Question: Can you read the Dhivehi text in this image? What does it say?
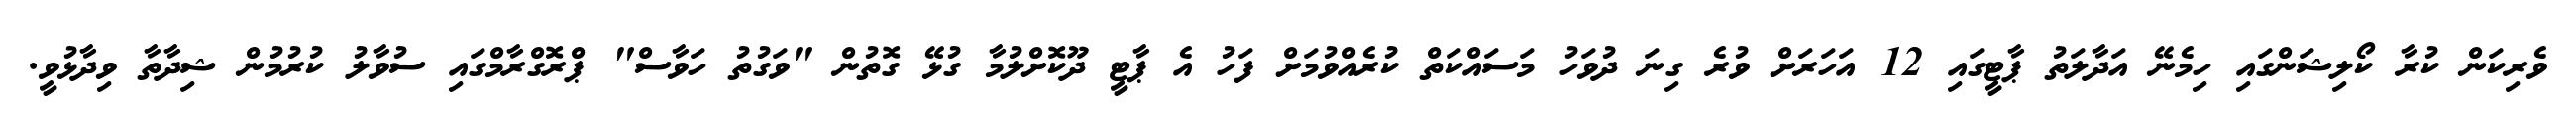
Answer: ވެރިކަން ކުރާ ކޯލިޝަންގައި ހިމެނޭ އަދާލަތު ޕާޓީގައި 12 އަހަރަށް ވުރެ ގިނަ ދުވަހު މަސައްކަތް ކުރެއްވުމަށް ފަހު އެ ޕާޓީ ދޫކޮށްލުމާ ގުޅޭ ގޮތުން "ވަގުތު ހަވާސް" ޕްރޮގްރާމްގައި ސުވާލު ކުރުމުން ޝިދާތާ ވިދާޅުވީ.